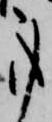
事